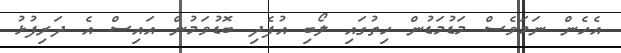
އެހެން ނަމަވެސް މަޑުމަޑުން ހިތުގައި ލޯބި އުފެދި ބޮޑުވަމުން އައިސް އެ ދަރިފުޅު